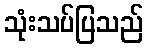
သုံးသပ်ပြသည်